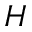
H